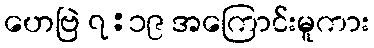
ဟေဗြဲ ၇:၁၉ အကြောင်းမူကား